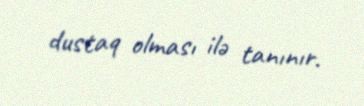
dustaq olması ilə tanınır.